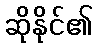
ဆိုနိုင်၏